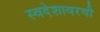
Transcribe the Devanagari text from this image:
स्वदेशावरची